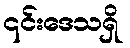
၎င်းဒေသရှိ